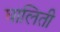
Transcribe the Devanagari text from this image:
घालिती